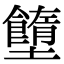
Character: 𡓷